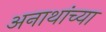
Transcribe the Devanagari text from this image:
अनाथांच्या